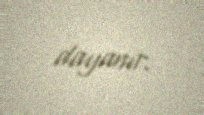
dayanır.